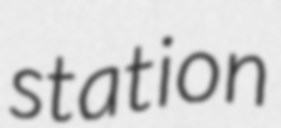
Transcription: station